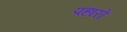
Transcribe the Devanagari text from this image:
पहारो